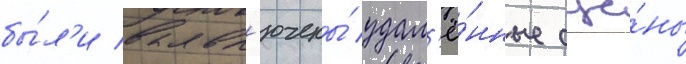
бы́л'и вкл'ючены́ удал'ё́нные сце́ны